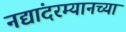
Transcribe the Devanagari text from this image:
नद्यांदरम्यानच्या